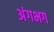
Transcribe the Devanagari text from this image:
अंगभग